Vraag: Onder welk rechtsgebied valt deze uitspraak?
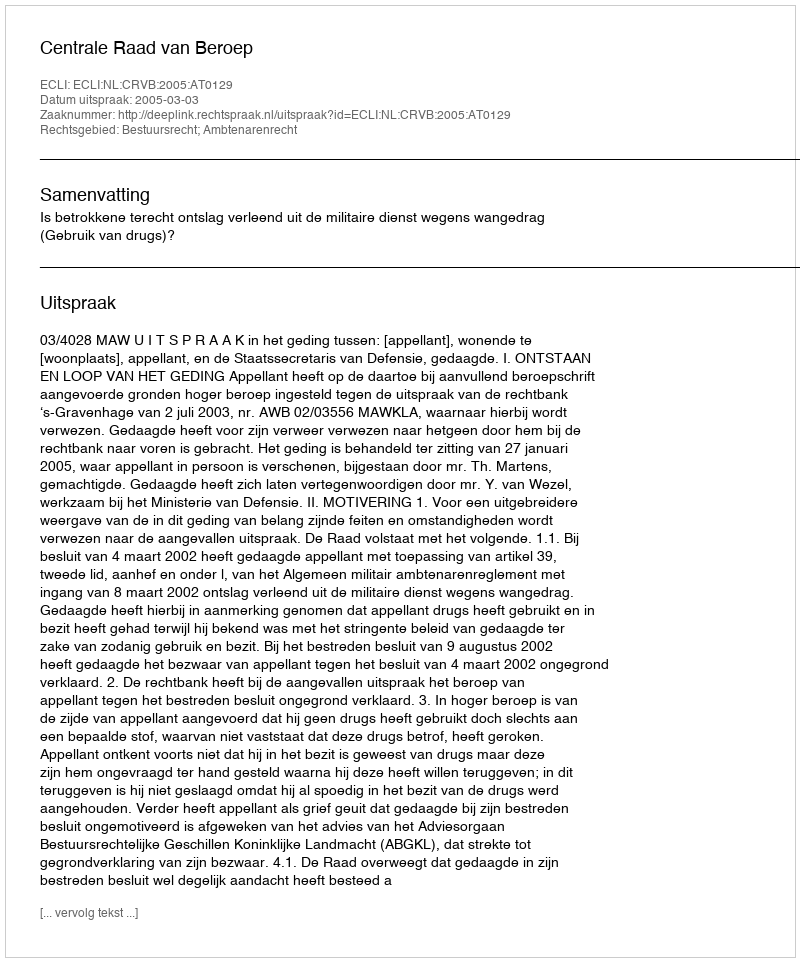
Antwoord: Bestuursrecht; Ambtenarenrecht